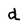
Character: d